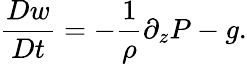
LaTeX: \frac{Dw}{Dt}=-\frac{1}{\rho}\partial_{z}P-g.